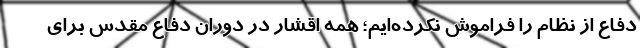
دفاع از نظام را فراموش نکرده‌ایم؛ همه اقشار در دوران دفاع مقدس برای